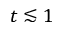
t \lesssim 1